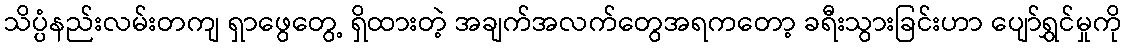
သိပ္ပံနည်းလမ်းတကျ ရှာဖွေတွေ့ ရှိထားတဲ့ အချက်အလက်တွေအရကတော့ ခရီးသွားခြင်းဟာ ပျော်ရွှင်မှုကို